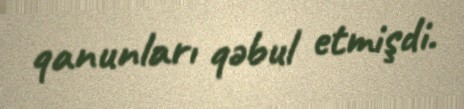
qanunları qəbul etmişdi.